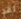
لقد